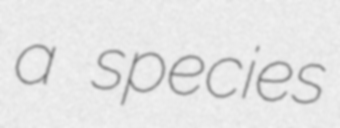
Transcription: a species